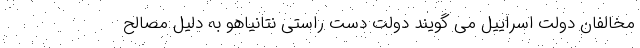
مخالفان دولت اسراییل می گویند دولت دست راستی نتانیاهو به دلیل مصالح